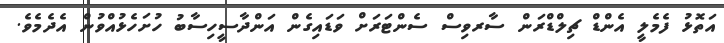
އަތޮޅު ފެމެލީ އެންޑް ޗިލްޑްރަން ސާރވިސް ސެންޓަރަށް ވަޑައިގެން އަންދާސީހިސާބު ހުށަހެޅުއްވުން އެދެމެވެ.